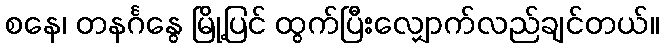
စနေ၊ တနင်္ဂနွေ မြို့ပြင် ထွက်ပြီးလျှောက်လည်ချင်တယ်။